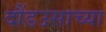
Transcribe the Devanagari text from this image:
दौंडउसाच्या